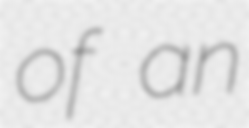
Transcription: of an